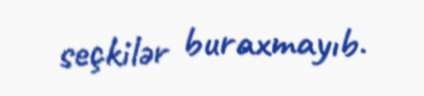
seçkilər buraxmayıb.